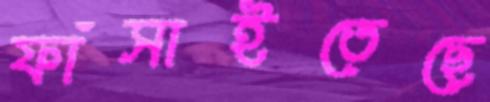
ফাঁসাইতেছে